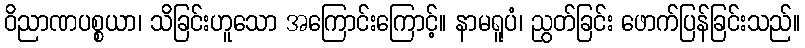
ဝိညာဏပစ္စယာ၊ သိခြင်းဟူသော အကြောင်းကြောင့်။ နာမရူပံ၊ ညွတ်ခြင်း ဖောက်ပြန်ခြင်းသည်။